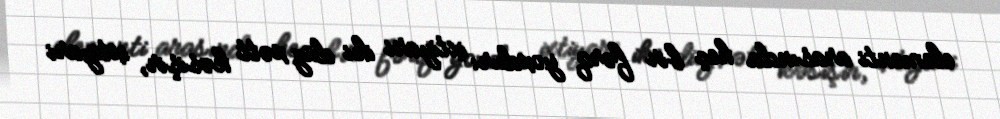
elementi arasında heç bir fərq yoxdur: ixtiyari iki düz xətt kəsişir, ixtiyari